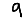
Digit: 9